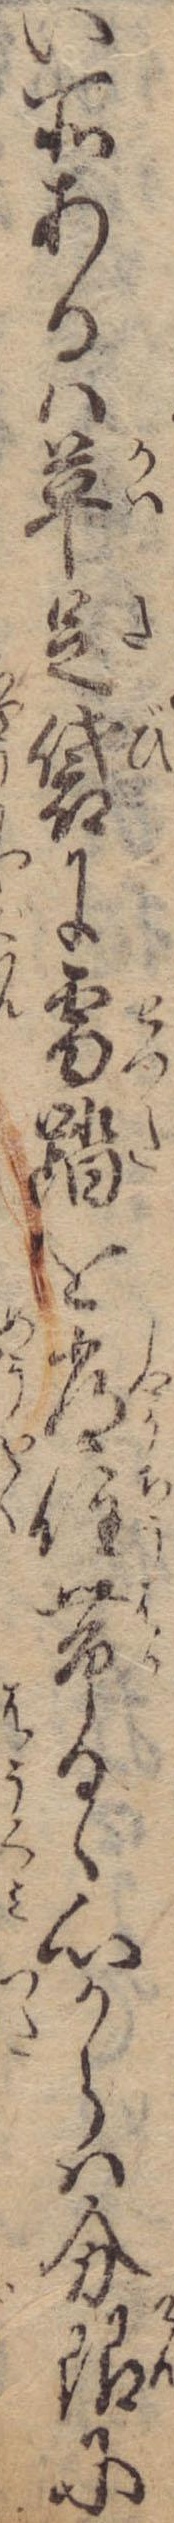
い所あるは革足袋に雪踏を常住帯るゝ心からは分限に